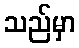
သည်မှာ